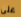
على